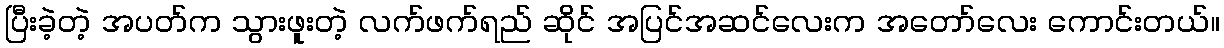
ပြီးခဲ့တဲ့ အပတ်က သွားဖူးတဲ့ လက်ဖက်ရည် ဆိုင် အပြင်အဆင်လေးက အတော်လေး ကောင်းတယ်။